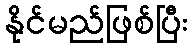
နိုင်မည်ဖြစ်ပြီး